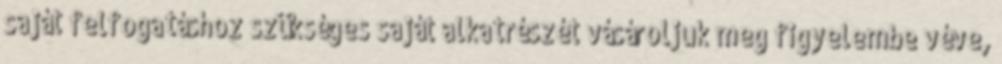
saját felfogatáshoz szükséges saját alkatrészét vásároljuk meg figyelembe véve,